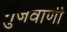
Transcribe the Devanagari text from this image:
गुंजवाणी